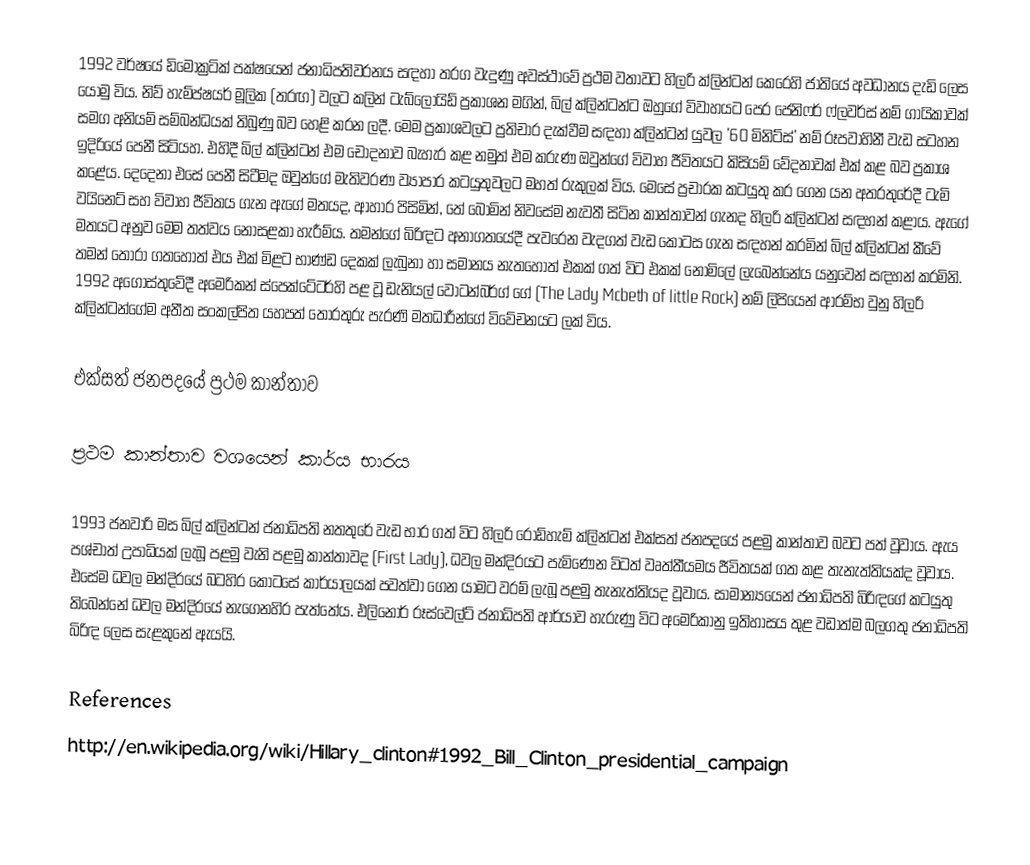
1992 වර්ෂයේ ඩිමොක්‍රටික් පක්ෂයෙන් ජනාධිපතිවරනය සඳහා තරග වැදුණු අවස්ථාවේ ප්‍රථම වතාවට හිලරි ක්ලින්ටන් කෙරෙහි ජාතියේ අවධානය දැඩි ලෙස යොමු විය. නිව් හැම්ප්ෂයර් මූලික (තරඟ) වලට කලින් ටැබ්ලොයිඩ් ප්‍රකාශන මගින්, බිල් ක්ලින්ටන්ට ඔහුගේ විවාහයට පෙර ජෙනිෆර් ෆ්ලවර්ස් නම් ගායිකාවක් සමග අනියම් සම්බන්ධයක් තිබුණු බව හෙළි කරන ලදී. මෙම ප්‍රකාශවලට ප්‍රතිචාර දැක්වීම සඳහා ක්ලින්ටන් යුවල '60 මිනිට්ස්' නම් රූපවාහිනී වැඩ සටහන ඉදිරියේ පෙනී සිටියහ. එහිදී බිල් ක්ලින්ටන් එම චෝදනාව  බැහැර කළ නමුත් එම කරුණ ඔවුන්ගේ විවාහ ජීවිතයට කිසියම් වේදනාවක් එක් කළ බව ප්‍රකාශ කළේය. දෙදෙනා එසේ පෙනී සිටීමද ඔවුන්ගේ මැතිවරණ ව්‍යාපාර කටයුතුවලට මහත් රුකුලක් විය. මෙසේ ප්‍රචාරක කටයුතු කර ගෙන යන අතරතුරේදී ටැමි වයිනෙට් සහ විවාහ ජීවිතය ගැන ඇගේ මතයද, ආහාර පිසිමින්, තේ බොමින්  නිවසේම නැවතී සිටින කාන්තාවන් ගැනද හිලරි ක්ලින්ටන් සඳහන් කළාය. ඇගේ මතයට අනුව මෙම තත්වය නොසළකා හැරීම්ය. තමන්ගේ බිරිඳට අනාගතයේදී පැවරෙන වැදගත් වැඩ කොටස ගැන සඳහන් කරමින් බිල් ක්ලින්ටන් කීවේ තමන් තෝරා ගතහොත් එය එක් මිළට භාණ්‍‍ඩ දෙකක් ලැබුනා හා සමානය නැතහොත් එකක් ගත් විට එකක් නොමිලේ ලැබෙන්නේය යනුවෙන් සඳහන් කරමිනි. 1992 අගෝස්තුවේදී අමෙරිකන් ස්පෙක්ටේටර්හි පළ වූ ඩැනියල් වොටන්බර්ග් ගේ (The Lady Mcbeth of little Rock) නම් ලිපියෙන් ආරම්භ වුනු හිලරි ක්ලින්ටන්ගේම අතීත සංකල්පිත යහපත් තොරතුරු පැරණි මතධාරීන්ගේ විවේචනයට ලක් විය.

එක්සත් ජනපදයේ ප්‍රථම කාන්තාව

ප්‍රථම කාන්තාව වශයෙන් කාර්ය භාරය

1993 ජනවාරි මස බිල් ක්ලින්ටන් ජනාධිපති නතතුරේ වැඩ භාර ගත් විට හිලරි රොඩ්හැම් ක්ලින්ටන් එක්සත් ජනපදයේ පළමු කාන්තාව බවට පත් වූවාය. ඇය පශ්චාත් උපාධියක් ලැබූ පළමු  වැනි පළමු කාන්තාවද (First Lady), ධවල මන්දිරයට පැමිණෙන විටත් වෘත්තීයමය ජීවිතයක් ගත කළ තැනැත්තියක්ද වූවාය. එසේම ධවල මන්දිරයේ බටහිර කොටසේ කාර්යාලයක් පවත්වා ගෙන යාමට වරම් ලැබූ පළමු තැනැත්තියද වූවාය. සාමාන්‍යයෙන් ජනාධිපති බිරිඳගේ කටයුතු තිබෙන්නේ ධවල මන්දිරයේ නැගෙනහිර පැත්තේය. එලිනොර් රූස්වෙල්ට් ජනාධිපති ආර්යාව හැරුණු විට අමෙරිකානු ඉතිහාසය තුළ වඩාත්ම බලගතු ජනාධිපති බිරිඳ ලෙස සැළකුනේ ඇයයි.

References
http://en.wikipedia.org/wiki/Hillary_clinton#1992_Bill_Clinton_presidential_campaign